Bombay plague: being a history of the progress of plague in the Bombay presidency from September 1896 to June 1899
Year: 1896
Disease focus: Plague
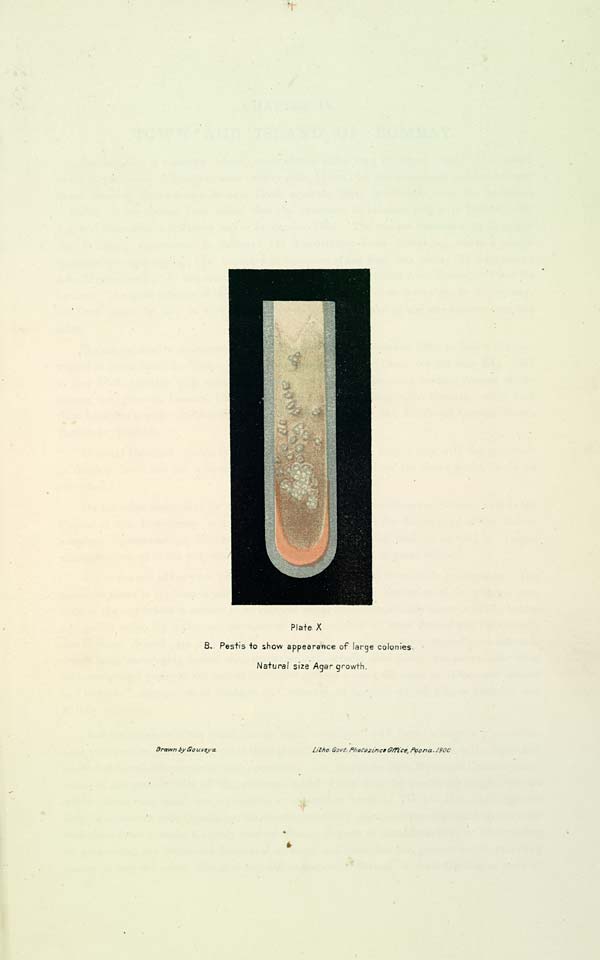
Plate X
B. Pestis to show appearance of large colonies.
Natural size Agar growth.
Drawn by Gouveya
Litho:
Govt:
Photozinco
Office,
Poona,
1900